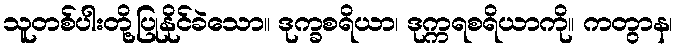
သူတစ်ပါးတို့ပြုနိုင်ခဲသော။ ဒုက္ခစရိယာ၊ ဒုက္ကရစရိယာကို။ ကတွာန၊